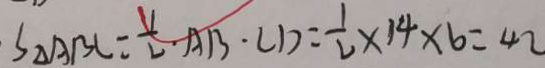
S _ { \Delta A B C } = \frac { 1 } { 2 } \cdot A B \cdot C D = \frac { 1 } { 2 } \times 1 4 \times 6 = 4 2